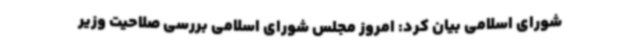
شورای اسلامی بیان کرد: امروز مجلس شورای اسلامی بررسی صلاحیت وزیر